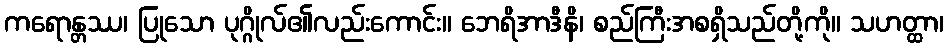
ကရောန္တဿ၊ ပြုသော ပုဂ္ဂိုလ်၏လည်းကောင်း။ ဘေရိအာဒီနိ၊ စည်ကြီးအစရှိသည်တို့ကို။ သဟတ္ထာ၊